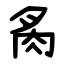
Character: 䏑